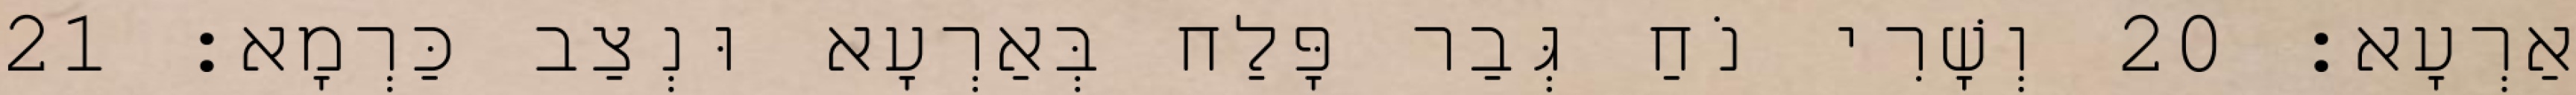
אַרְעָא׃ 20 וְשָׁרִי נֹחַ גְּבַר פָּלַח בְּאַרְעָא וּנְצַב כַּרְמָא׃ 21